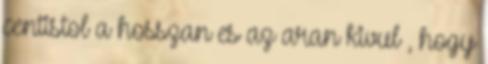
centistol a hosszan es az aran kivul , hogy